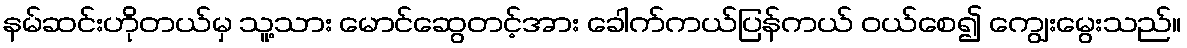
နမ်ဆင်းဟိုတယ်မှ သူ့သား မောင်ဆွေတင့်အား ခေါက်ကယ်ပြန်ကယ် ဝယ်စေ၍ ကျွေးမွေးသည်။